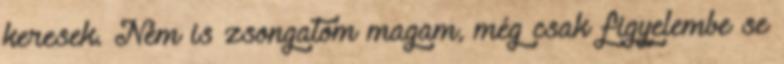
keresek. Nem is zsongatom magam, még csak figyelembe se